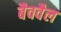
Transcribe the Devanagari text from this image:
बैववैल